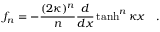
f _ { n } = - { \frac { ( 2 \kappa ) ^ { n } } { n } } { \frac { d } { d x } } \operatorname { t a n h } ^ { n } \kappa x ~ ~ ~ .